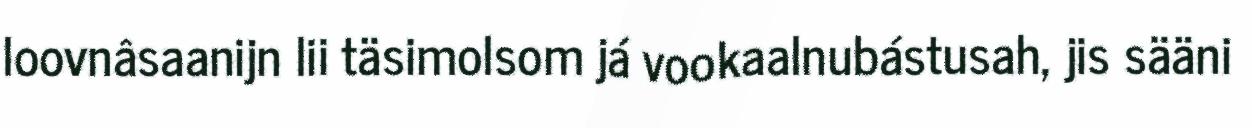
loovnâsaanijn lii täsimolsom já vookaalnubástusah, jis sääni